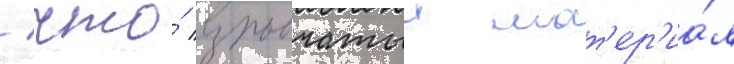
/ что́ взрывчатыи мат'ер'иа́л